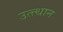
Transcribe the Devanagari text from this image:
उत्त्थान